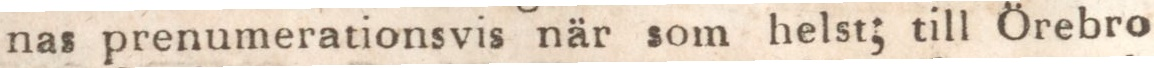
nas prenumerationsvis när som helst; till Örebro